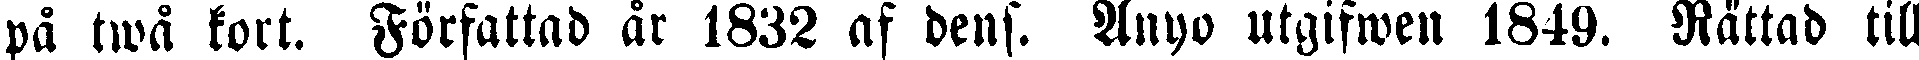
på twå kort. Författad år 1832 af dens. Anyo utgifwen 1849. Rättad till